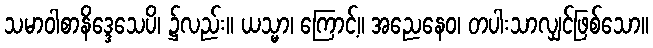
သမာဝါစာနိဒ္ဒေသေပိ၊ ၌လည်း။ ယသ္မာ၊ ကြောင့်။ အညေနေဝ၊ တပါးသာလျှင်ဖြစ်သော။